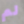
لم